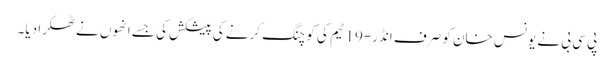
پی سی بی نے یونس خان کو صرف انڈر-19 ٹیم کی کوچنگ کرنے کی پیشکش کی جسے انھوں نے ٹھکرا دیا۔